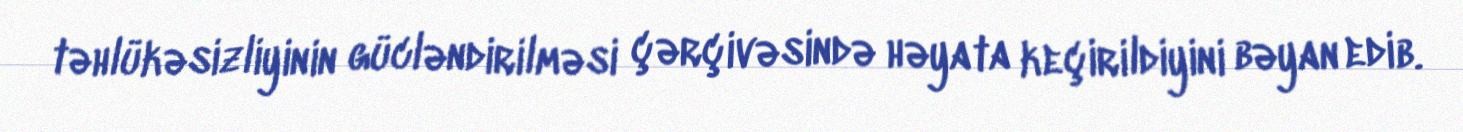
təhlükəsizliyinin gücləndirilməsi çərçivəsində həyata keçirildiyini bəyan edib.